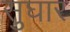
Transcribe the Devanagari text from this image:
सुघार